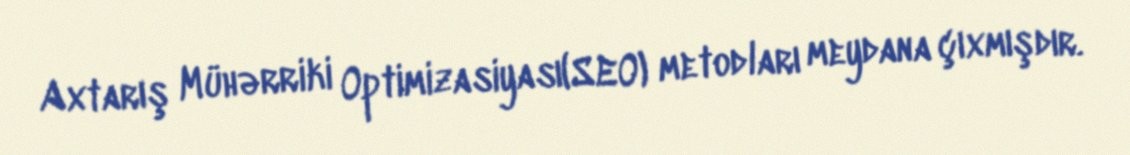
Axtarış Mühərriki Optimizasiyası(SEO) metodları meydana çıxmışdır.